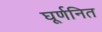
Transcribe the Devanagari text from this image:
घूर्णनित